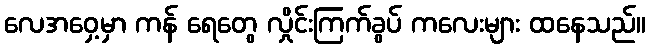
လေအဝှေ့မှာ ကန် ရေတွေ လှိုင်းကြက်ခွပ် ကလေးများ ထနေသည်။